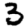
Digit: 3